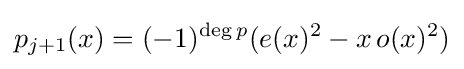
p_{j+1}(x)=(-1)^{\deg p}(e(x)^{2}-x\,o(x)^{2})